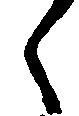
々